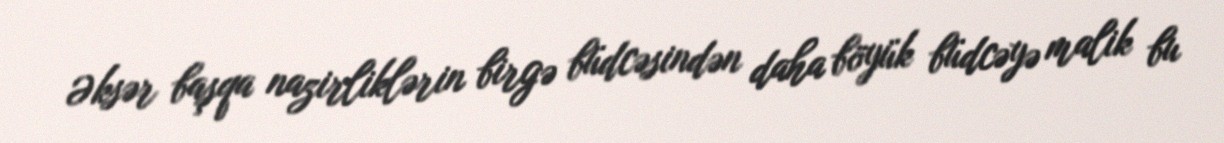
Əksər başqa nazirliklərin birgə büdcəsindən daha böyük büdcəyə malik bu